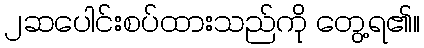
၂ဆပေါင်းစပ်ထားသည်ကို တွေ့ရ၏။